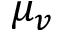
\mu _ { v }